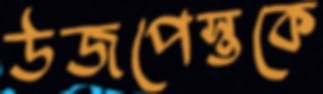
উজপেস্তকে